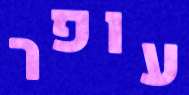
עופר